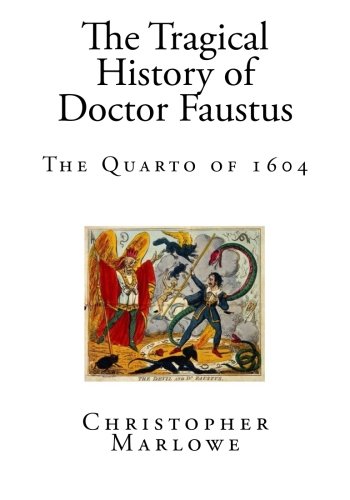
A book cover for The Tragical History of Doctor Faustus: The Quarto of 1604 (The Life and Death of Doctor Faustus); Christopher Marlowe; Literature & Fiction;